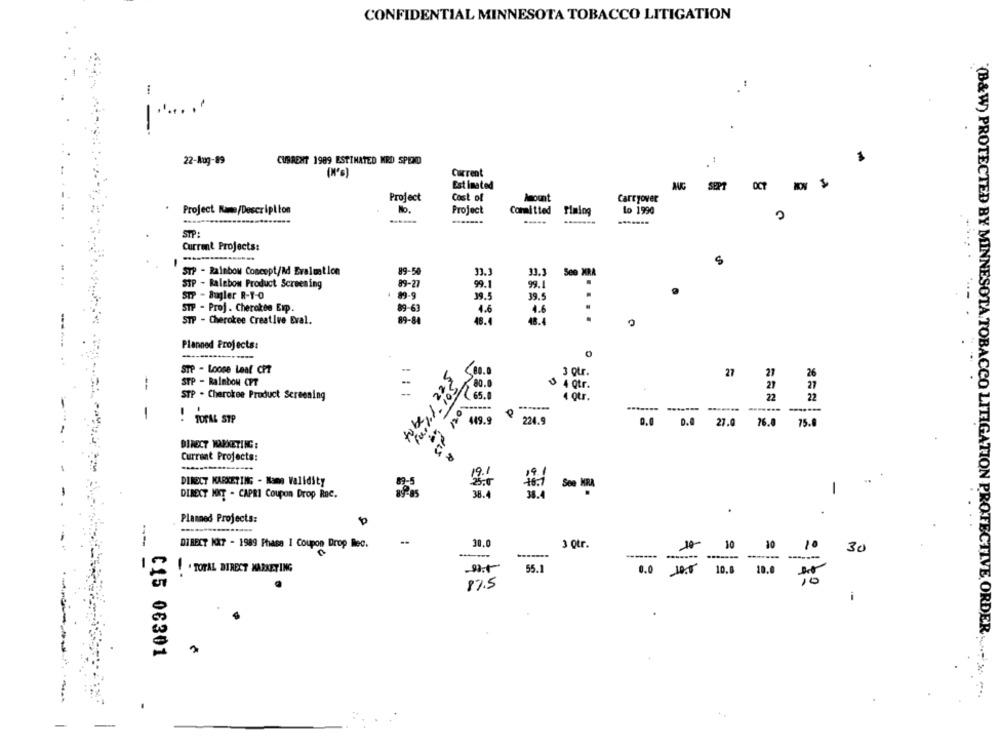
CONFIDENTIAL MINNESOTA TOBACCO LITIGATION
:
- -
22-Aug-89
CURRENT 1989 ESTIMATED MRD SPEND
Current
Estimated
AUG
SEPT
OCT
Project
Cost of
Amount
Carryover
Project Name/Description
No.
Project
Committed
Lo 1990
Mialog
.------
STP:
Current Projects:
S
STP - Rainbow Concept/&d Evaluation
89-50
33.3
31.3
See MRA
STP - Balebow Product Screening
89-27
99.1
99.1
STP - Bugler R-Y-O
99.5
39.5
STP - Proj. Cherokee Exp.
89-63
4.6
4.6
STP - Cherokee Creative Eval.
89-84
48.4
48.4
...
Planned Projects:
STP - Loose Leal CP7
V
3 otr.
27
21
26
STP - Rainbow CPT
80.0
4 Qtr.
21
27
STP . Cherokee Product Screening
65.0
4 otr.
22
22
(B&W) PROTECTED BY MINNESOTA. TOBACCO LI
-------
1
! TOTAL STP
449.9
224.9
0.0
27.0
26.8
75.0
DIRECT WASKETING :
Current Projects:
DIRECT MARKETING - Name Validity
See KRA
DIRECT HIT - CAPRI Coupon Drop Rac.
1
Planned Projects:
0
DIRECT NAT - 1989 Phase I Coupon Drop Bec.
30.0
3 0tr.
10- 10
10
10
30
. TOTAL DIRECT MARKETING
55.1
0.0 19. 10.0 10.0
87.5
C15 06301
ION PROTECTIVE ORDER ..... .. ...
-